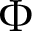
\Phi